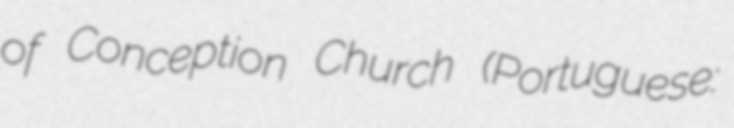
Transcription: of Conception Church (Portuguese: